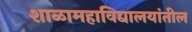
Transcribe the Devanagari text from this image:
शाळामहाविद्यालयांतील